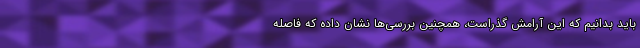
باید بدانیم که این آرامش گذراست، همچنین بررسی‌ها نشان داده که فاصله